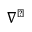
\nabla ^ { \perp }